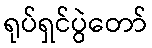
ရုပ်ရှင်ပွဲတော်